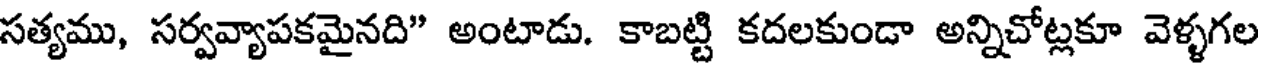
సత్యము, సర్వవ్యాపకమైనది" అంటాడు. కాబట్టి కదలకుండా అన్నిచోట్లకూ వెళ్ళగల